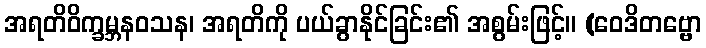
အရတိဝိက္ခမ္ဘနဝသန၊ အရတိကို ပယ်ခွာနိုင်ခြင်း၏ အစွမ်းဖြင့်။ (ဝေဒိတဗ္ဗော